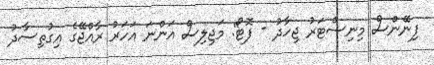
ފިނޭންސް މިނިސްޓަރު ޖިހާދު - ފޮޓޯ: މަޖިލިސް އަންނަ އަހަރު ރާއްޖޭގެ އިގުތިސާދު